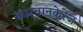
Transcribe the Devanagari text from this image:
कारवानकेरेंज